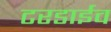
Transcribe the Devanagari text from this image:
टरडाईव